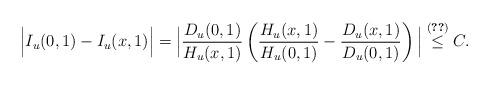
LaTeX: \begin{align*}\Big\vert I_u(0,1) - I_u(x,1) \Big\vert& = \Big\vert \frac{D_u(0,1)}{H_u(x,1)} \left( \frac{H_u(x,1)}{H_u(0,1)} - \frac{D_u(x,1)}{D_u(0,1)}\right) \Big\vert \stackrel{\eqref{e:H limitato}}{\leq} C.\end{align*}